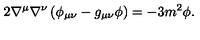
2 \nabla ^ { \mu } \nabla ^ { \nu } \left( \phi _ { \mu \nu } - g _ { \mu \nu } \phi \right) = - 3 m ^ { 2 } \phi .